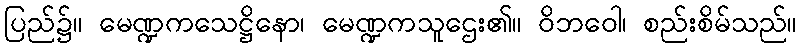
ပြည်၌။ မေဏ္ဍကသေဋ္ဌိနော၊ မေဏ္ဍကသူဌေး၏။ ဝိဘဝေါ၊ စည်းစိမ်သည်။